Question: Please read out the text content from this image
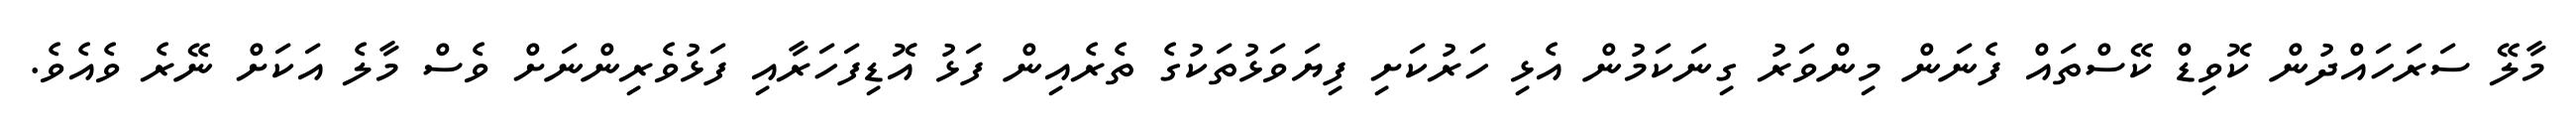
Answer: މާލޭ ސަރަހައްދުން ކޮވިޑް ކޭސްތައް ފެނަން މިންވަރު ގިނަކަމުން އެޅި ހަރުކަށި ފިޔަވަޅުތަކުގެ ތެރެއިން ފަޅު އޮޑިފަހަރާއި ފަޅުވެރިންނަށް ވެސް މާލެ އަކަށް ނޭރެ ވެއެވެ.